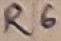
Text: R6